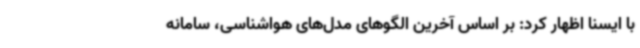
با ایسنا اظهار کرد: بر اساس آخرین الگوهای مدل‌های هواشناسی، سامانه